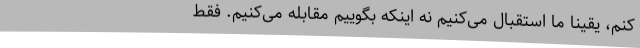
کنم، یقینا ما استقبال می‌کنیم نه اینکه بگوییم مقابله می‌کنیم. فقط